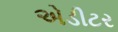
એડીટર